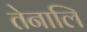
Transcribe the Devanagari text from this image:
तेनालि